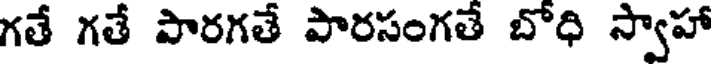
గతే గతే పారగతే పారసంగతే బోధి స్వాహా